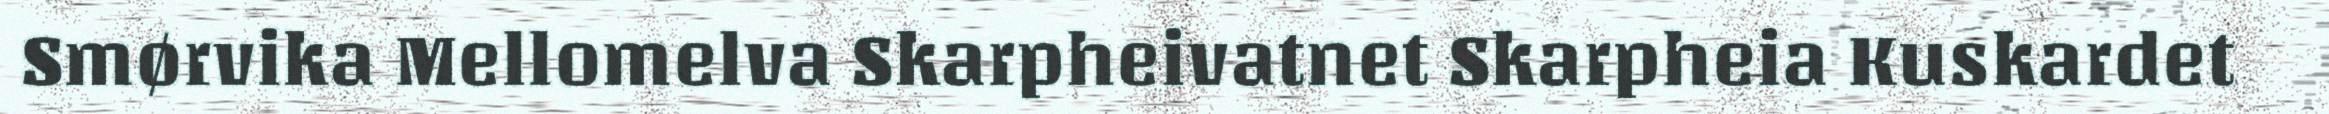
Smørvika Mellomelva Skarpheivatnet Skarpheia Kuskardet